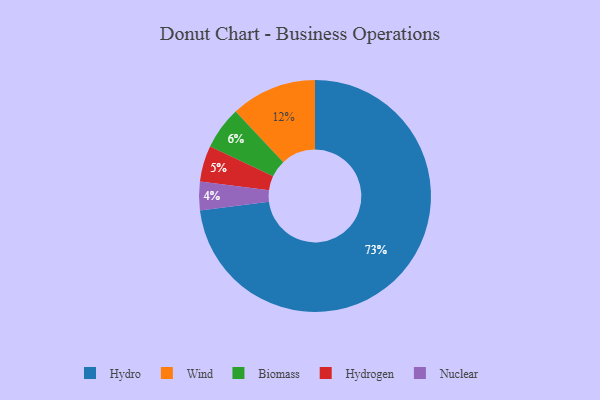
{"axis": {"x": "Category", "y": "Percentage"}, "legend": ["Biomass", "Hydro", "Hydrogen", "Nuclear", "Wind"], "data": [{"x": "Biomass", "y": 6, "type": "Biomass"}, {"x": "Wind", "y": 12, "type": "Wind"}, {"x": "Hydro", "y": 73, "type": "Hydro"}, {"x": "Hydrogen", "y": 5, "type": "Hydrogen"}, {"x": "Nuclear", "y": 4, "type": "Nuclear"}]}